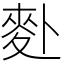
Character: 𪋿